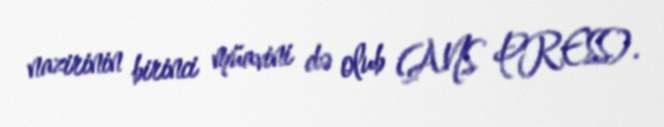
nazirinin birinci müavini də olub (ANS PRESS).